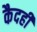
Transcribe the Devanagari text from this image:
कैदही